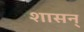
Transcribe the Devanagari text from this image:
शासन्